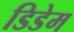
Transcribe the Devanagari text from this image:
डिडेम